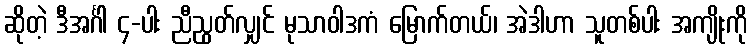
ဆိုတဲ့ ဒီအင်္ဂါ ၄-ပါး ညီညွတ်လျှင် မုသာဝါဒကံ မြောက်တယ်၊ အဲဒါဟာ သူတစ်ပါး အကျိုးကို